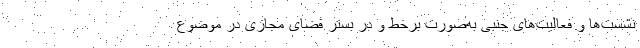
نشست‌ها و فعالیت‌های جنبی به‌صورت برخط و در بستر فضای مجازی در موضوع